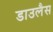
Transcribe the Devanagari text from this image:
डाउलैस